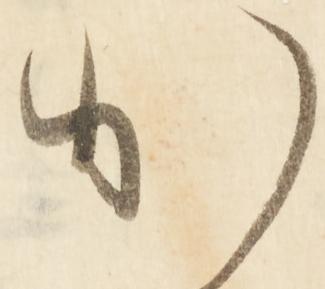
か